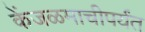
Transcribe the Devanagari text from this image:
केंजळमाचीपर्यंत